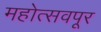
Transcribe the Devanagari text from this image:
महोत्सवपूर